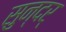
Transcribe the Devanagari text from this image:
सुन्दर्